Lock hospitals Punjab
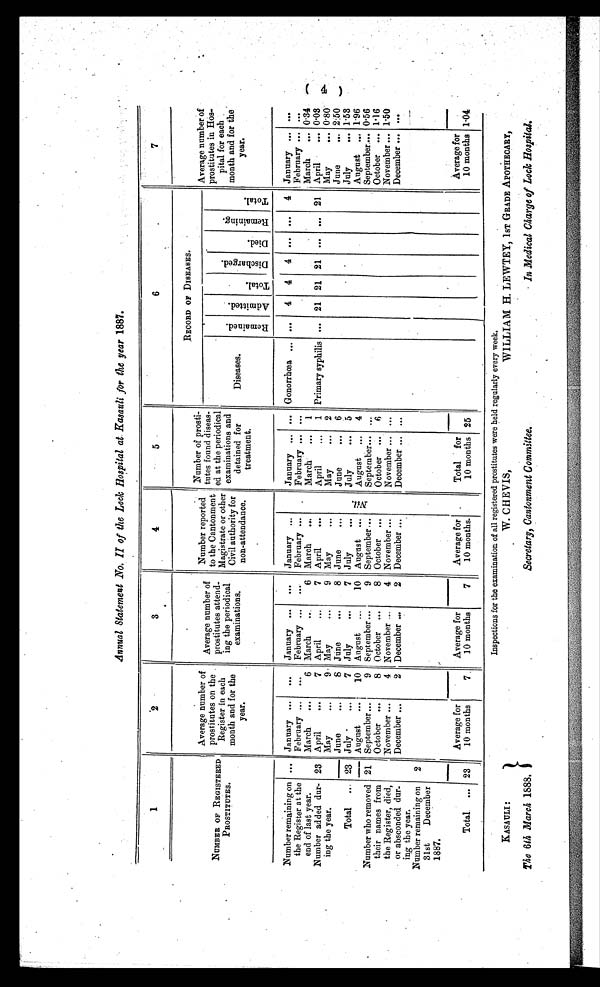
Annual Statement No. II of the Lock Hospital at Kasauli for the year 1887.
1
2
3
4
5
6
7
NUMBER OF REGISTERED
PROSTITUTES.
Average number of
prostitutes on the
Register in each
month and for the
year.
Average number of
prostitutes attend-
ing the periodical
examinations.
Nu mb e r r e p o r t e d t o t h e Ca n t o n me n t Ma g i s t r a t e o r o t h e r Ci v i l a u t h o r i t y f o r n o n - a t t e n d a n c e .
Nu mb e r o f p r o s t i t u t e s f o u n d d i s e a s e d a t t h e p e r i o d i c a l e x a mi n a t i o n s a n d d e t a i n e d f o r t r e a t me n t .
RECORD OF DISEASES.
Average number of
prostitutes in Hos
pital for each
month and for the
year.
Diseases.
R e m a i n e d .
A d m i t t e d .
T o t a l .
Discharged. Died.
R e m a i n i n g .
T o t a l .
Number remaining on
the Register at the
end of last year.
... January ...
...
January ...
. . .
...
January ...
January ... ... Gonorrhœa ... ...
4
4
4 ... ...
4 January ... ...
23
February ...
. . .
February ...
. . . February ...
February ...
. . .
, February ...
. . .
March
...
6 March
...
6 March
...
March
...
1
March
... 0.34
Number added dur
ing the year.
April
...
7 April
. . .
7 April
. . .
April...
1 Primary syphilis
. . . 21 21 21 ...
. . . 21 April
... 0.03
May
...
9 May
. . .
9 May
. . .
May
... 2
May
... 0.80
June
. . .
8 June
. . .
June
...
6
June
... 2.50
Total ... 23
—
June
...
S
July ...
7 July
. . .
7 July
. . .
July
...
5
July
... 1.53
August ... 1.96
August ...
10 August ...
10 August ...
August ...
4
0.56
Number who removed
their names from
the Register, died,
or absconded dur-
ing the year.
21 September...
9 September ...
9 September ...
September....
September...
. . .
October ... 1.16
October ...
8 October ...
8 October ...
October ...
6
November ... 1.50
November ...
4 November ...
4 November ...
November ...
. . .
December ... ...
...
December ...
2 December ...
2 December ...
December ...
. . .
Number remaining on
31st
December
1887.
2
Total ... 23
Average for
10 months
7
Average for
10 months
7
Average for
10 months.
Total for
10 months
—
25
Average for
10 months 1.04
Inspections for the examination of all registered prostitutes were held regularly every week.
KASAULI:
The 6th March 1888.
W. CHEVIS,
Secretary, Cantonment Committee.
WILLIAM H. LEWTEY, 1ST GRADE APOTHECARY,
In Medical Charge of Lock Hospital.